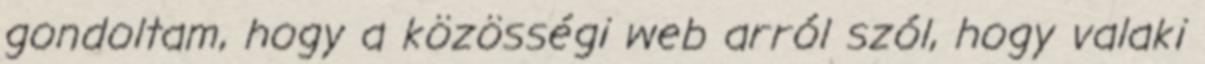
gondoltam, hogy a közösségi web arról szól, hogy valaki